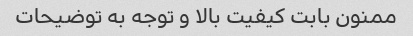
ممنون بابت کیفیت بالا و توجه به توضیحات